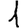
Digit: 1